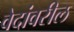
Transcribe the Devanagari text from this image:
वेदांवरील